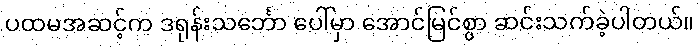
ပထမအဆင့်က ဒရုန်းသင်္ဘော ပေါ်မှာ အောင်မြင်စွာ ဆင်းသက်ခဲ့ပါတယ်။